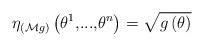
LaTeX: \begin{align*}\eta_{\left( \mathcal{M}g\right) }\left( \theta^{1}\text{,...,}\theta^{n}\right) \overset{}{=}\sqrt{g\left( \theta\right)}\end{align*}